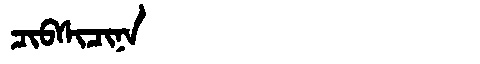
Manchu: ᠴᡳᠪᠰᡳᠴᡳᠨᠠ
Romanization: CIBSICINA